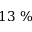
1 3 ~ \%